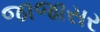
જાજાસર